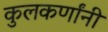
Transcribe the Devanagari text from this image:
कुलकर्णांनी